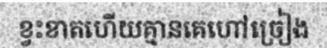
ខ្វះខាតហើយគ្មានគេហៅច្រៀង